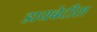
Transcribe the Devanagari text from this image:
डायबेटीस